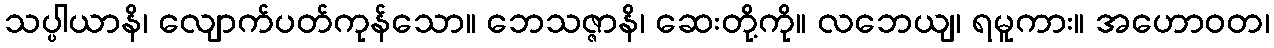
သပ္ပါယာနိ၊ လျောက်ပတ်ကုန်သော။ ဘေသဇ္ဇာနိ၊ ဆေးတို့ကို။ လဘေယျ၊ ရမူကား။ အဟောဝတ၊